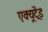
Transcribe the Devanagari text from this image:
एक्यूट्रेंड